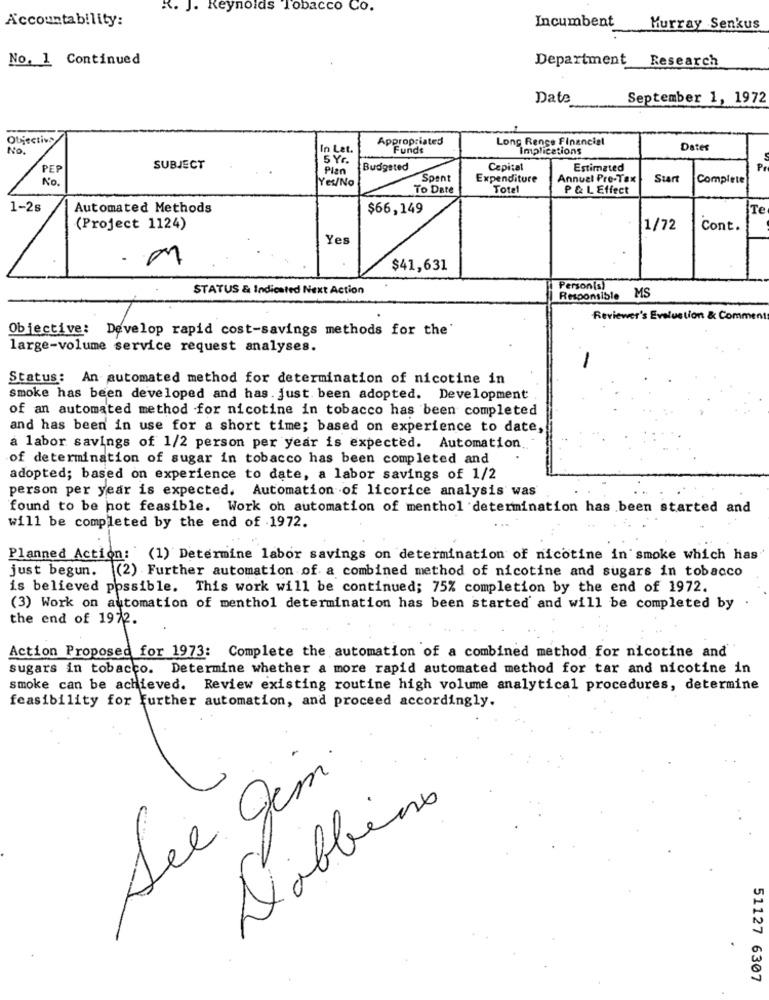
R. J. Reynolds Tobacco Co.
Accountability:
Incumbent
Murray Senkus
No. 1 Continued
Department
Research
Date
September 1, 1972
Objective
Appropriated
Long Renge Financial
No.
In Let.
Funds
Implications
Dates
5 Yr.
PEP
SUBJECT
Plan
Budgeted
Capital
Estimated
Pr
No.
YOU/No
Spent
Expenditure
Annuel Pre-Tax
Start
Complete
To Date
Total
P & L Effect
1-2s
Automated Methods
$66,149
Te
(Project 1124)
1/72
Cont.
Yes
$41,631
STATUS & Indicated Next Action
Person(s)
Responsible MS
Reviewer's Evelustion & Comment
Objective: Develop rapid cost-savings methods for the'
large-volume service request analyses.
Status: An automated method for determination of nicotine in
smoke has been developed and has. just. been adopted. Development
of an automated method for nicotine in tobacco has been completed
and has been in use for a short time; based on experience to date,
a labor savings of 1/2 person per year is expected. Automation
of determination of sugar in tobacco has been completed and
adopted; based on experience to date, a labor savings of 1/2
person per year is expected. Automation of licorice analysis was
found to be hot feasible. Work on automation of menthol determination has been started and
will be completed by the end of 1972.
Planned Action: (1) Determine labor savings on determination of nicotine in smoke which has
just begun. (2) Further automation of a combined method of nicotine and sugars in tobacco
is believed possible. This work will be continued; 75% completion by the end of 1972.
(3) Work on automation of menthol determination has been started and will be completed by
the end of 1972.
Action Proposed for 1973: Complete the automation of a combined method for nicotine and
sugars in tobacco. Determine whether a more rapid automated method for tar and nicotine in
smoke can be achieved. Review existing routine high volume analytical procedures, determine
feasibility for Further automation, and proceed accordingly.
See gim
Dobbiamo
51127 6307